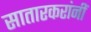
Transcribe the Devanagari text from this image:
सातारकरांनीं